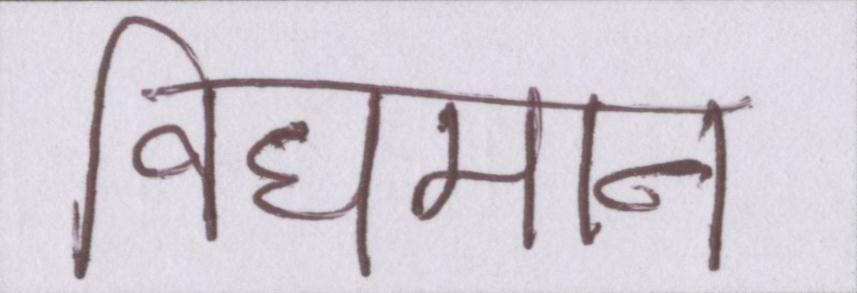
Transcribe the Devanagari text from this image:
विधमान